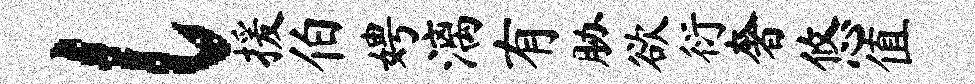
l援伯娉漓有胁欲衍奢悠值